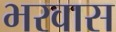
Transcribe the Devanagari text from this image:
भरवास